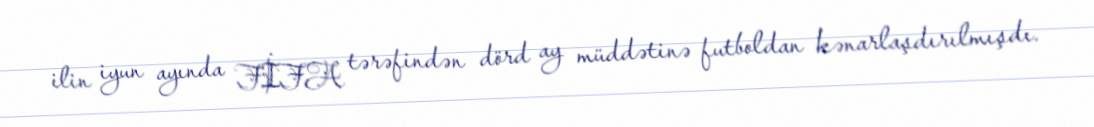
ilin iyun ayında FİFA tərəfindən dörd ay müddətinə futboldan kənarlaşdırılmışdı.